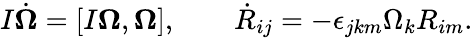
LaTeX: \begin{array}{r}{I\dot{\boldsymbol\Omega}=[I{\boldsymbol\Omega},{\boldsymbol\Omega}],\qquad\dot{R}_{ij}=-\epsilon_{jkm}\Omega_{k}R_{im}.}\end{array}